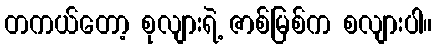
တကယ်တော့ စုလျားရဲ့ ဇာစ်မြစ်က စလျားပါ။